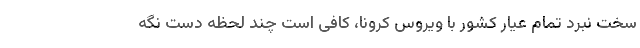
سخت نبرد تمام عیار کشور با ویروس کرونا، کافی است چند لحظه دست نگه